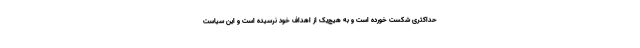
حداکثری شکست خورده است و به هیچ‌یک از اهداف خود نرسیده است و این سیاست